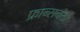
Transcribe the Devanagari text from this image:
फ्रान्सनंतर